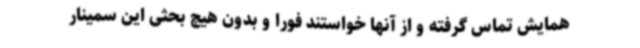
همایش تماس گرفته و از آنها خواستند فورا و بدون هیچ بحثی این سمینار